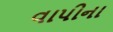
વાપીના